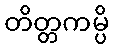
တိတ္တကမ္ပိ